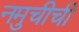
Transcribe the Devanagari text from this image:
नमुचीची